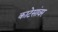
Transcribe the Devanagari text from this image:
काटेसांवर